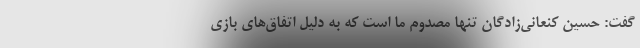
گفت: حسین کنعانی‌زادگان تنها مصدوم ما است که به دلیل اتفاق‌های بازی